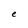
Character: e